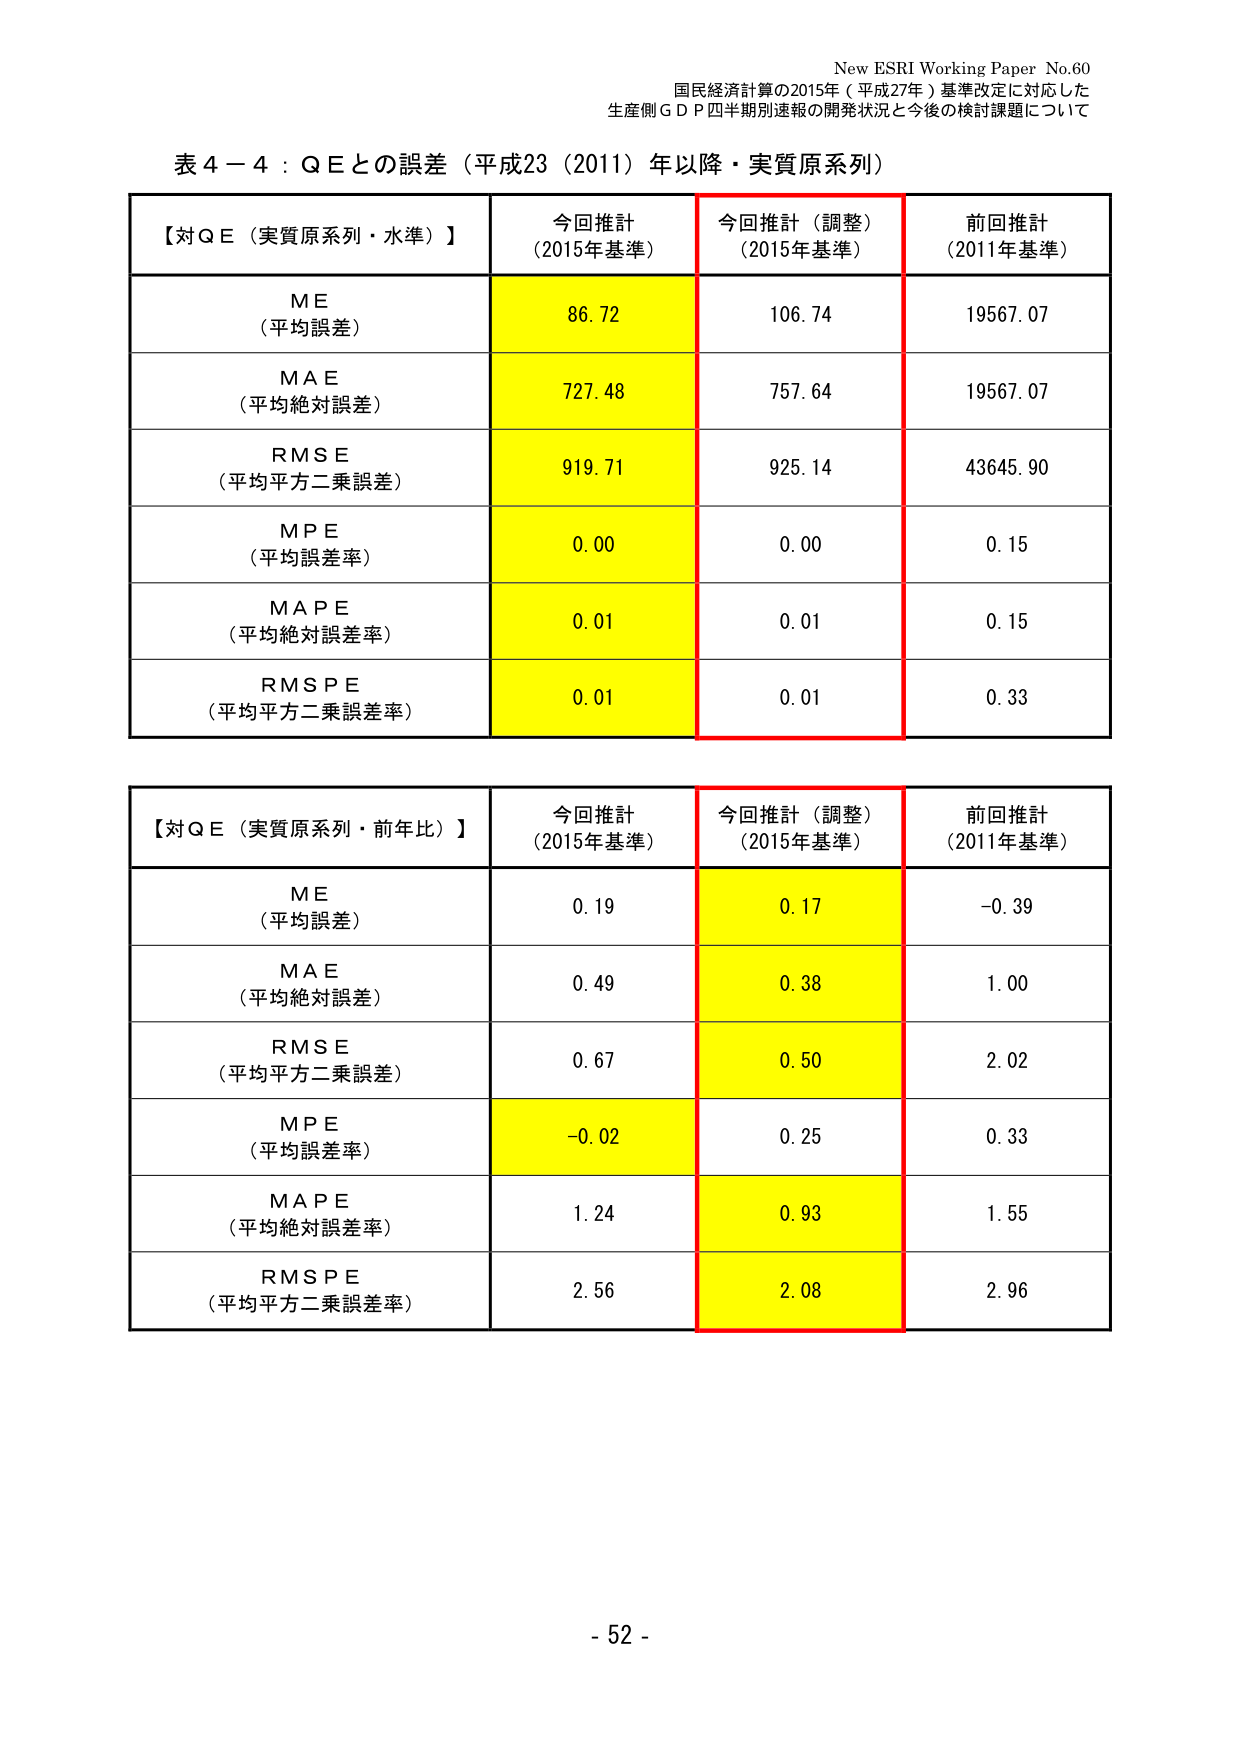
New ESRI Working Paper No.60
国民経済計算の2015年（平成27年）基準改定に対応した
生産側ＧＤＰ四半期別速報の開発状況と今後の検討課題について

表４－４：ＱＥとの誤差（平成23（2011）年以降・実質原系列）

【対ＱＥ（実質原系列・水準）】
今回推計（2015年基準）
今回推計（調整）（2015年基準）
前回推計（2011年基準）

ＭＥ（平均誤差）
86.72
106.74
19567.07

ＭＡＥ（平均絶対誤差）
727.48
757.64
19567.07

ＲＭＳＥ（平均平方二乗誤差）
919.71
925.14
43645.90

ＭＰＥ（平均誤差率）
0.00
0.00
0.15

ＭＡＰＥ（平均絶対誤差率）
0.01
0.01
0.15

ＲＭＳＰＥ（平均平方二乗誤差率）
0.01
0.01
0.33

【対ＱＥ（実質原系列・前年比）】
今回推計（2015年基準）
今回推計（調整）（2015年基準）
前回推計（2011年基準）

ＭＥ（平均誤差）
0.19
0.17
-0.39

ＭＡＥ（平均絶対誤差）
0.49
0.38
1.00

ＲＭＳＥ（平均平方二乗誤差）
0.67
0.50
2.02

ＭＰＥ（平均誤差率）
-0.02
0.25
0.33

ＭＡＰＥ（平均絶対誤差率）
1.24
0.93
1.55

ＲＭＳＰＥ（平均平方二乗誤差率）
2.56
2.08
2.96

- 52 -